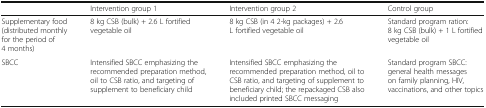
<table><thead><tr><td></td><td><b>Intervention group 1</b></td><td><b>Intervention group 2</b></td><td><b>Control group</b></td></tr></thead><tbody><tr><td>Supplementary food (distributed monthly for the period of 4 months)</td><td>8 kg CSB (bulk) + 2.6 L fortified vegetable oil</td><td>8 kg CSB (in 4 2-kg packages) + 2.6 L fortified vegetable oil</td><td>Standard program ration: 8 kg CSB (bulk) + 1 L fortified vegetable oil</td></tr><tr><td>SBCC</td><td>Intensified SBCC emphasizing the recommended preparation method, oil to CSB ratio, and targeting of supplement to beneficiary child</td><td>Intensified SBCC emphasizing the recommended preparation method, oil to CSB ratio, and targeting of supplement to beneficiary child; the repackaged CSB also included printed SBCC messaging</td><td>Standard program SBCC: general health messages on family planning, HIV, vaccinations, and other topics</td></tr></tbody></table>